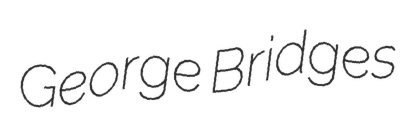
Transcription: George Bridges